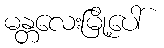
မန္တလေးမြို့ပေါ်